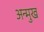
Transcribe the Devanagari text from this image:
अन्मुख